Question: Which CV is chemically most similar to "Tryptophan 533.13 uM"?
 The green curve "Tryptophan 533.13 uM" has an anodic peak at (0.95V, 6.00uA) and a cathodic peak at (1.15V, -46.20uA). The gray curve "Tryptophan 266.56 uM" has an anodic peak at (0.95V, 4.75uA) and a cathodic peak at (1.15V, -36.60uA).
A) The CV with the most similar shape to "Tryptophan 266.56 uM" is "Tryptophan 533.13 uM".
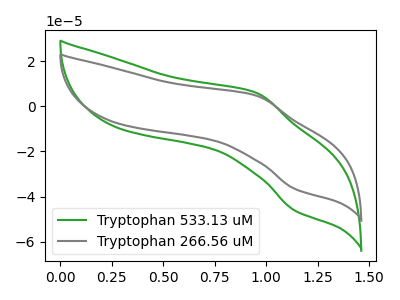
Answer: <think>All the peaks in "Tryptophan 533.13 uM" have a peak in "Tryptophan 266.56 uM" at the same potential. Every peak in "Tryptophan 533.13 uM" is higher than every peak in "Tryptophan 266.56 uM".
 </think>
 <answer>A) The CV with the most similar shape to "Tryptophan 266.56 uM" is "Tryptophan 533.13 uM".</answer>
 <eval>A</eval>